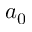
a _ { 0 }